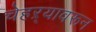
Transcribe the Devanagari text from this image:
चेहऱ्यावरून